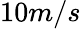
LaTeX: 10m/s